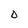
Character: O